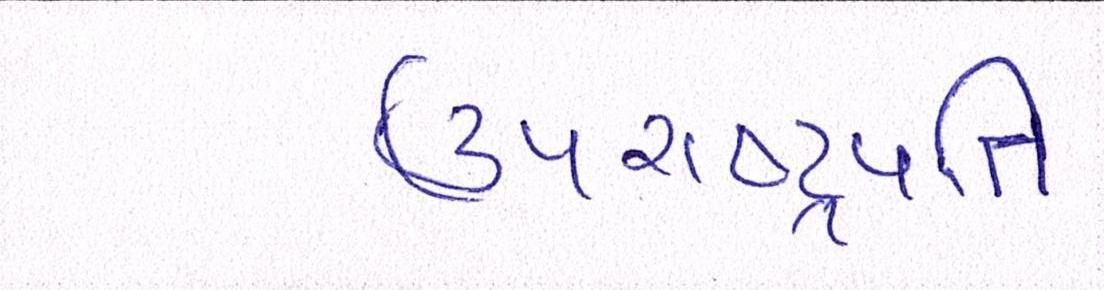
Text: ઉપરાષ્ટ્રપતિ